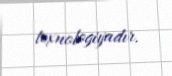
texnologiyadır.